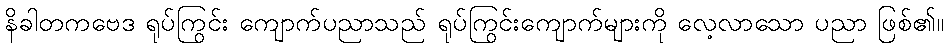
နိခါတကဗေဒ ရုပ်ကြွင်း ကျောက်ပညာသည် ရုပ်ကြွင်းကျောက်များကို လေ့လာသော ပညာ ဖြစ်၏။